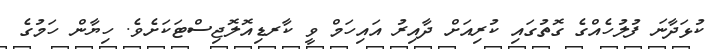
ކުޅަދާނަ ފުލުހެއްގެ ގޮތުގައި ކުރިއަށް ދާއިރު އައިހަމް ވީ ކާރޑިއޮލޮޖިސްޓަކަށެވެ. ހިޔާން ހަމުގެ